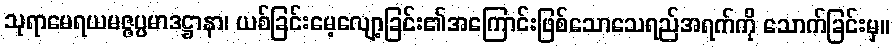
သုရာမေရယမဇ္ဇပ္ပမာဒဋ္ဌာနာ၊ ယစ်ခြင်းမေ့လျော့ခြင်း၏အကြောင်းဖြစ်သောသေရည်အရက်ကို သောက်ခြင်းမှ။